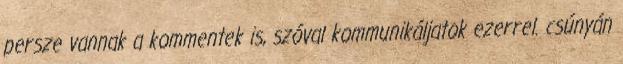
persze vannak a kommentek is, szóval kommunikáljatok ezerrel. csúnyán